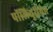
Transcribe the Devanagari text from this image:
पॉलियूरीथेन